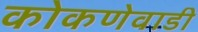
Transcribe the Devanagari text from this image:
कोकणेवाडी